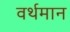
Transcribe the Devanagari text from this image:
वर्थमान